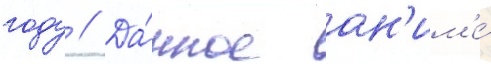
году // Да́нное ан'им'е́